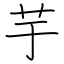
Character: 芋